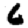
Digit: 6